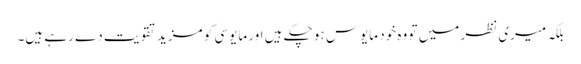
بلکہ میری نظر میں تو وہ خود مایوس ہو چکے ہیں اور مایوسی کو مزید تقویت دے رہے ہیں۔